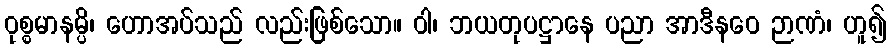
ဝုစ္စမာနမ္ပိ၊ ဟောအပ်သည် လည်းဖြစ်သော။ ဝါ၊ ဘယတုပဋ္ဌာနေ ပညာ အာဒီနဝေ ဉာဏံ၊ ဟူ၍